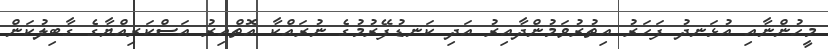
މީހުންނާއި އުޅަނދު ފަހަރު އިތުރުވަމުންދާއިރު އަދި ކަނޑުފޭރުމުގެ ނުރައްކާ އޮތްއިރު އަސްކަރިއްޔާގެ ގާބިލުކަން